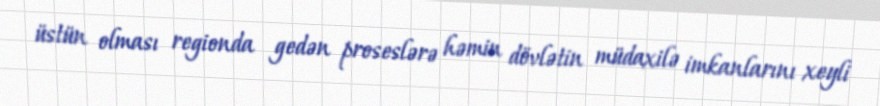
üstün olması regionda gedən proseslərə həmin dövlətin müdaxilə imkanlarını xeyli